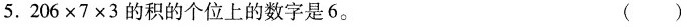
5.206×7×3的积的个位上的数字是6。 ()